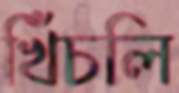
খিঁচলি